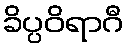
ခိပ္ပဝိရာဂီ